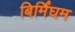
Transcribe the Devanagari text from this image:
बिर्मिंघम